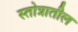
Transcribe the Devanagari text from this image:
स्तोत्रातील